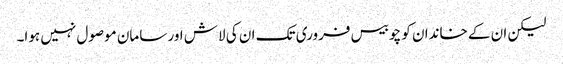
لیکن ان کے خاندان کو چوبیس فروری تک ان کی لاش اور سامان موصول نہیں ہوا۔